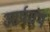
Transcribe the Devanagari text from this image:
आर्षग्रंथ